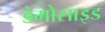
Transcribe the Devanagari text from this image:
डेमोसाइड